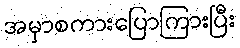
အမှာစကားပြောကြားပြီး